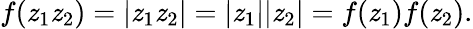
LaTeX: f(\mathit{z}_{1}\mathit{z}_{2})=|\mathit{z}_{1}\mathit{z}_{2}|=|\mathit{z}_{1}||\mathit{z}_{2}|=f(\mathit{z}_{1})f(\mathit{z}_{2}).